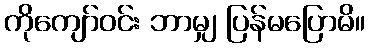
ကိုကျော်ဝင်း ဘာမျှ ပြန်မပြောမိ။